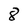
Character: 8